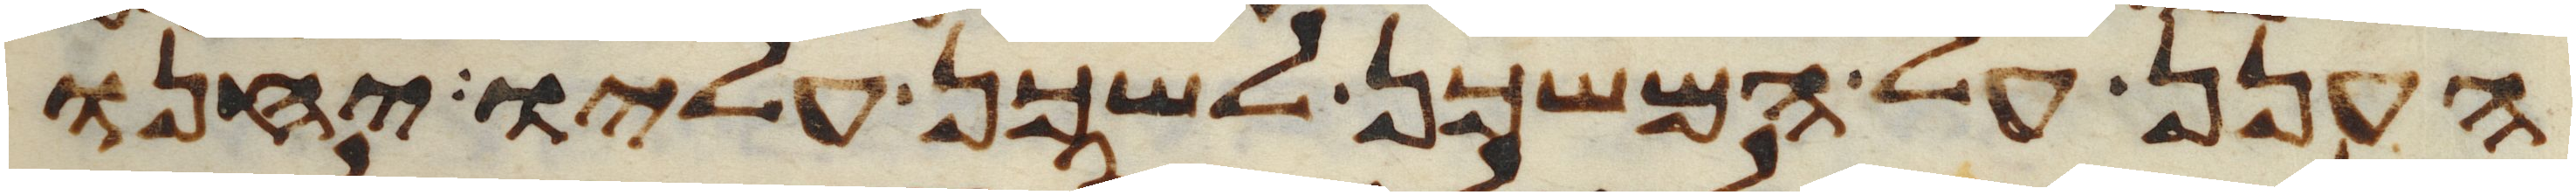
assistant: הענן על המשכן לשכן עליו יחנו